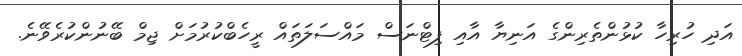
އަދި ހުރިހާ ކުޅުންތެރިންގެ އަނިޔާ އާއި ފިޓްނަސް މައްސަލަތައް ރީހެބްކުރުމަށް ޖިމް ބޭނުންކުރެވޭނެ.